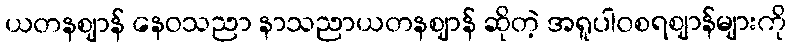
ယတနဈာန် နေဝသညာ နာသညာယတနဈာန် ဆိုတဲ့ အရူပါဝစရဈာန်များကို